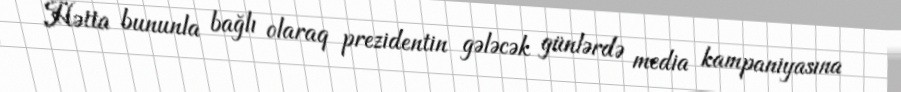
Hətta bununla bağlı olaraq prezidentin gələcək günlərdə media kampaniyasına